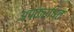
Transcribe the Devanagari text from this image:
अपकर्षित